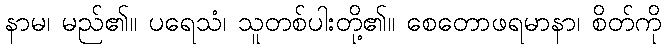
နာမ၊ မည်၏။ ပရေသံ၊ သူတစ်ပါးတို့၏။ စေတောဖရမာနာ၊ စိတ်ကို